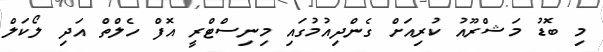
މި ބޮޑު މަޝްރޫއު ކުރިއަށް ގެންދިއުމުގައި މިނިސްޓްރީ އޮފް ހެލްތް އަދި ލޯކަލް